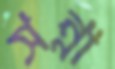
সন্না